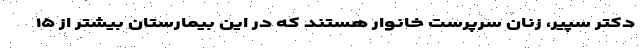
دکتر سپیر، زنان سرپرست خانوار هستند که در این بیمارستان بیشتر از ۱۵